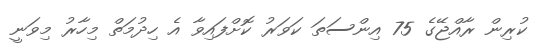
ކުރިން ރާއްޖޭގެ 75 އިންސަތަ ކަވަރު ކޮށްފައިވާ އެ ހިދުމަތް މިހާރު މިވަނީ